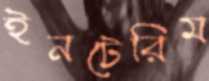
ইনটেরিম